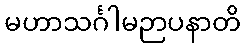
မဟာသင်္ဂါမဉာပနာတိ